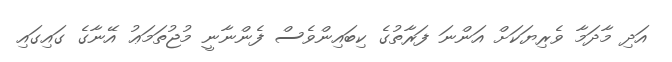
އަދި މާދަމާ ވެރިޔަކަށް އަންނަ ފަރާތުގެ ކިބައިންވެސް ފެންނާނީ މުޖުތަމަޢު އޭނާގެ ގައިގައި